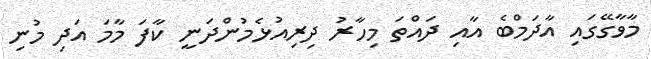
މާވާގޭގައި އާދަމްބެ އާއި ދައްތަ މިހާރު ދިރިއުޅެމުންދަނީ ކާފަ މާމަ އަދި މުނި